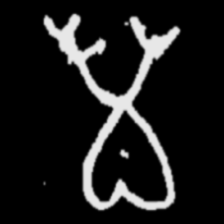
Pyu character \u2014 Myanmar letter: မ (romanized: ma)